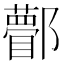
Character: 𨟒